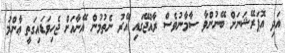
އަދި އޮޕަރޭޝަނަށް ބޭނުންވާ ސާމާނުވެސް ރާއްޖޭގައި އޭރު ނެތުމުން އޭނާއަށް ޖެހިވަޑައިގަތީ ޢާންމު